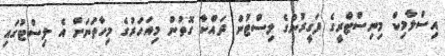
އިސްލާމިކް މިނިސްޓްރީގެ ފަގީރުންގެ ލިސްޓުން ދައްކާ ގޮތުން މިއަހަރުގެ މިހާތަނަށް އެ ލިސްޓުގައި